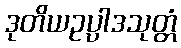
ဒုတိယဥပ္ပါဒသုတ္တံ